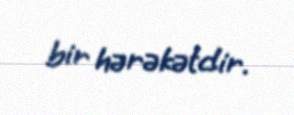
bir hərəkətdir.